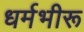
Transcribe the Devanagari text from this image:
धर्मभीरू